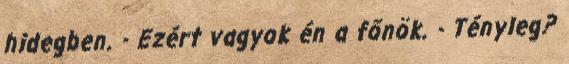
hidegben. - Ezért vagyok én a főnök. - Tényleg?